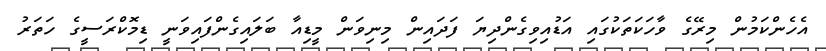
އެހެންކަމުން މިރޭގެ ވާހަކަތަކުގައި އަޑުއިވިގެންދިޔަ ފަދައިން މިނިވަން މީޑިއާ ބަލައިގެންފައިވަނީ ޑިމޮކްރަސީގެ ހަތަރު